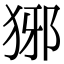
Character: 𤞡